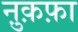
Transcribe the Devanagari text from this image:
नु़क़फ़ा